Calcutta medical institutions reports 1871-78
Year: 1871
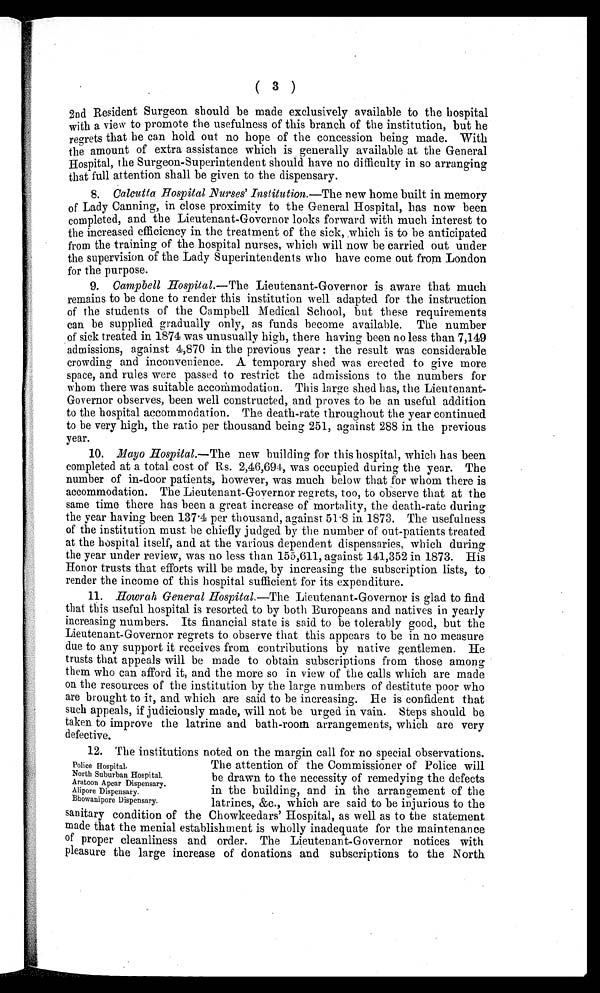
( 3 )
2nd Resident Surgeon should be made exclusively available to the hospital
with a view to promote the usefulness of this branch of the institution, but he
regrets that he can hold out no hope of the concession being made. With
the amount of extra assistance which is generally available at the General
Hospital, the Surgeon-Superintendent should have no difficulty in so arranging
that full attention shall be given to the dispensary.
8. Calcutta Hospital Nurses ' Institution .—The new home built in memory
of Lady Canning, in close proximity to the General Hospital, has now been
completed, and the Lieutenant-Governor looks forward with much interest to
the increased efficiency in the treatment of the sick, which is to be anticipated
from the training of the hospital nurses, which will now be carried out under
the supervision of the Lady Superintendents who have come out from London
for the purpose.
9. Campbell Hospital .—The Lieutenant-Governor is aware that much
remains to be done to render this institution well adapted for the instruction
of the students of the Campbell Medical School, but these requirements
can be supplied gradually only, as funds become available. The number
of sick treated in 1874 was unusually high, there having been no less than 7,149
admissions, against 4,870 in the previous year: the result was considerable
crowding and inconvenience. A temporary shed was erected to give more
space, and rules were passed to restrict the admissions to the numbers for
whom there was suitable accommodations. This large shed has, the Lieutenant-
Governor observes, been well constructed, and proves to be an useful addition
to the hospital accommodation. The death-rate throughout the year continued
to be very high, the ratio per thousand being 251, against 288 in the previous
year.
10. Mayo Hospital .—The new building for this hospital, which has been
completed at a total cost of Rs. 2,46,694, was occupied during the year. The
number of in-door patients, however, was much below that for whom there is
accommodation. The Lieutenant-Governor regrets, too, to observe that at the
same time there has been a great increase of mortality, the death-rate during
the year having been 137.4 per thousand, against 51.8 in 1873. The usefulness
of the institution must he chiefly judged by the number of out-patients treated
at the hospital itself, and at the various dependent dispensaries, which during
the year under review, was no less than 155,611, against 141,352 in 1873. His
Honor trusts that efforts will be made, by increasing the subscription lists, to
render the income of this hospital sufficient for its expenditure.
11.
Howrah General Hospital .—The Lieutenant-Governor is glad to find
that this useful hospital is resorted to by both Europeans and natives in yearly
increasing numbers. Its financial state is said to be tolerably good, but the
Lieutenant-Governor regrets to observe that this appears to be in no measure
due to any support it receives from contributions by native gentlemen. He
trusts that appeals will be made to obtain subscriptions from those among
them who can afford it, and the more so in view of the calls which are made
on the resources of the institution by the large numbers of destitute poor who
are brought to it, and which are said to be increasing. He is confident that
such appeals, if judiciously made, will not be urged in vain. Steps should be
taken to improve the latrine and bath-room arrangements, which are very
defective.
12. The institutions noted on the margin call for no special observations.
Police Hospital.
North Suburban Hospital.
Aratoon Apcar Dispensary.
Alipore Dispensary.
Bhowanipore Dispensary.
The attention of the Commissioner of Police will
be drawn to the necessity of remedying the defects
in the building, and in the arrangement of the
latrines, &c., which are said to be injurious to the
sanitary condition of the Chowkeedars' Hospital, as well as to the statement
made that the menial establishment is wholly inadequate for the maintenance
of proper cleanliness and order. The Lieutenant-Governor notices with
pleasure the large increase of donations and subscriptions to the North